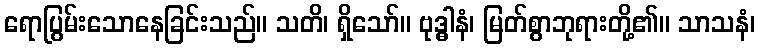
ရောပြွမ်းသောနေခြင်းသည်။ သတိ၊ ရှိသော်။ ဗုဒ္ဓါနံ၊ မြတ်စွာဘုရားတို့၏။ သာသနံ၊